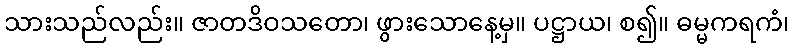
သားသည်လည်း။ ဇာတဒိဝသတော၊ ဖွားသောနေ့မှ။ ပဋ္ဌာယ၊ စ၍။ ဓမ္မကရကံ၊